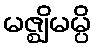
မဇ္ဈိမမ္ပိ